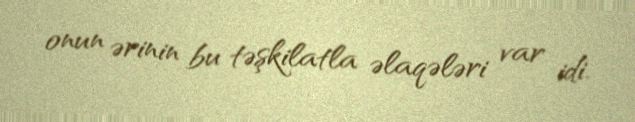
onun ərinin bu təşkilatla əlaqələri var idi.